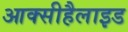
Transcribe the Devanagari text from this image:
आक्सीहैलाइड